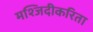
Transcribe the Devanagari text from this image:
मश्जिदीकरिता